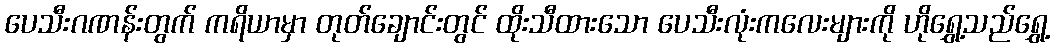
ပေသီးဂဏန်းတွက် ကရိယာမှာ တုတ်ချောင်းတွင် ထိုးသီထားသော ပေသီးလုံးကလေးများကို ဟိုရွှေ့သည်ရွှေ့